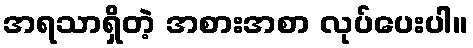
အရသာရှိတဲ့ အစားအစာ လုပ်ပေးပါ။